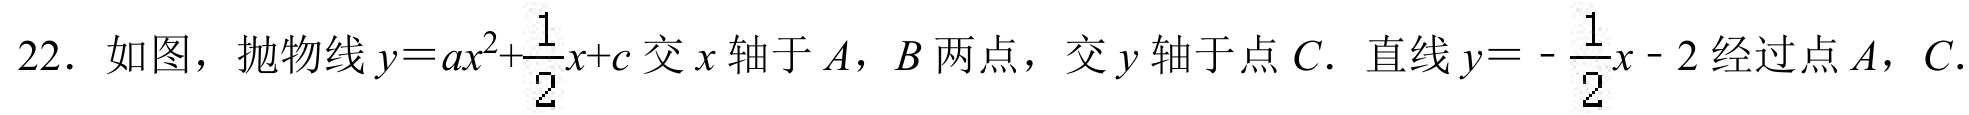
22. 如图，抛物线\(y = ax^{2}+\frac{1}{2}x + c\)交\(x\)轴于\(A\)，\(B\)两点，交\(y\)轴于点\(C\). 直线\(y = -\frac{1}{2}x - 2\)经过点\(A\)，\(C\).